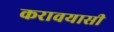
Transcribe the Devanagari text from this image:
करावयासी